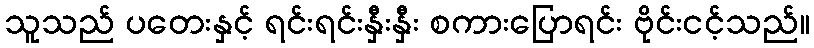
သူသည် ပတေးနှင့် ရင်းရင်းနှီးနှီး စကားပြောရင်း ဗိုင်းငင့်သည်။